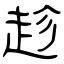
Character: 趁